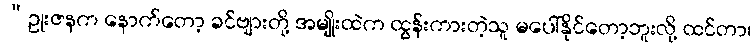
“ဥုးဇနက နောက်တော့ ခင်ဗျားတို့ အမျိုးထဲက ထွန်းကားတဲ့သူ မပေါ်နိုင်တော့ဘူးလို့ ထင်တာ၊